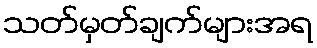
သတ်မှတ်ချက်များအရ